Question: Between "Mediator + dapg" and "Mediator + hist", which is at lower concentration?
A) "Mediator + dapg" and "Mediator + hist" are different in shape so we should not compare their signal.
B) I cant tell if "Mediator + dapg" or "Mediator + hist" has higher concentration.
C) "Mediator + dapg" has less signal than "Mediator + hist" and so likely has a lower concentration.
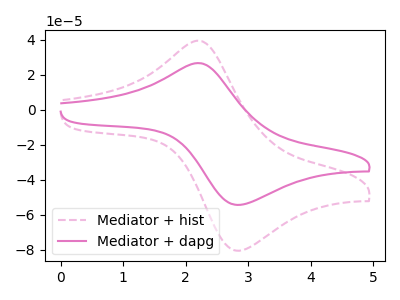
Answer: <think>The pink dashed curve "Mediator + hist" has an anodic peak at (2.20V, 39.35uA) and a cathodic peak at (2.90V, -80.40uA). The pink curve "Mediator + dapg" has an anodic peak at (2.20V, 26.55uA) and a cathodic peak at (2.90V, -54.30uA).
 All the peaks in "Mediator + dapg" have a peak in "Mediator + hist" at the same potential. Every peak in "Mediator + dapg" is lower than every peak in "Mediator + hist".</think>
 <answer>C) "Mediator + dapg" has less signal than "Mediator + hist" and so likely has a lower concentration.</answer>
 <eval>C</eval>